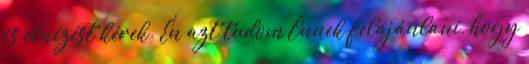
is elnézést kérek. Én azt tudom Önnek felajánlani, hogy